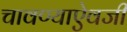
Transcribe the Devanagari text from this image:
चावण्याऐवजी